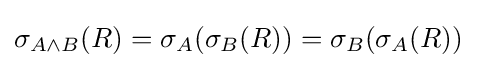
\sigma _{A\land B}(R)=\sigma _{A}(\sigma _{B}(R))=\sigma _{B}(\sigma _{A}(R))